Civil Veterinary Department. Central Provinces & Berar 1925-31 - 1925-1931
Year: 1925
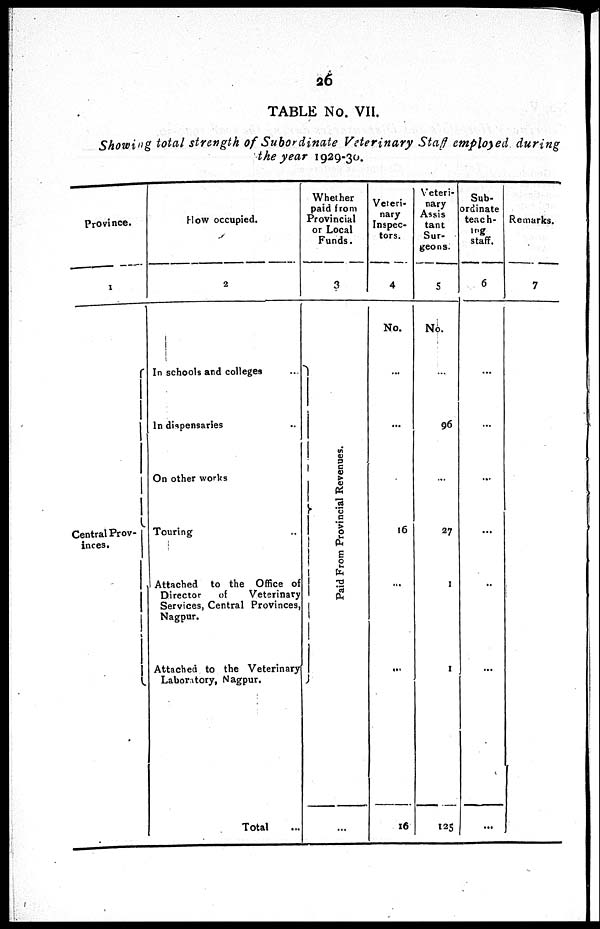
26
TABLE No. VII.
Showing total strength of Subordinate Veterinary Staff employed during
the year 1929-30.
Province.
1
Central Prov-
inces.
How occupied.
2
In schools and colleges ...
In dispensaries ...
On other works
Touring ..
Attached to the Office of
Director
of
Veterinary
Services, Central Provinces,
Nagpur.
Attached to the Veterinary
Laboratory, Nagpur.
Total ...
Whether
paid from
Provincial
or Local
Funds.
3
Paid From Provincial Revenues.
...
Veteri-
nary
Inspec-
tors.
4
No.
...
...
16
...
...
16
Veteri-
nary
Assis
tant
Sur-
geons.
5
No.
...
96
...
27
1
1
125
Sub-
ordinate
teach-
ing
staff.
6
...
...
...
...
...
...
...
Remarks.
7